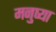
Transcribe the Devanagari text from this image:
मनुष्या